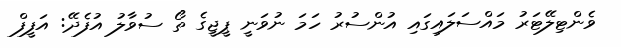
ވެންޓިލޭޓަރު މައްސަލައިގައި އުންސުރު ހަމަ ނުވަނީ ޕީޖީގެ ތޯ ސުވާލު އުފެދޭ: އަފީފް